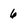
Character: 6